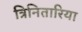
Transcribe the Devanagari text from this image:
त्रिनितारिया